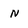
Character: n